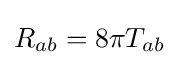
R_{ab}=8\pi T_{ab}